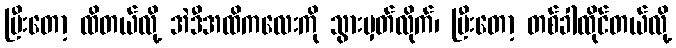
ပြီးတော့ ထိတယ်လို့ အဲဒီအထိကလေးကို သွားမှတ်လိုက်၊ ပြီးတော့ တစ်ခါထိုင်တယ်လို့